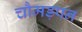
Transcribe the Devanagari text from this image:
चौमड़पन